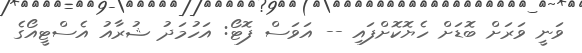
ވަނީ ވަރަށް ބޮޑަށް ހެޔޮކޮށްފައި -- އަވަސް ފޮޓޯ: އަހުމަދު ޝުރާއު އެސްޓީއޯގެ